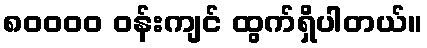
၈၀၀၀၀ ဝန်းကျင် ထွက်ရှိပါတယ်။